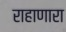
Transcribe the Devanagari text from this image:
राहाणारा